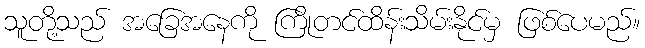
သူတို့သည် အခြေအနေကို ကြိုတင်ထိန်းသိမ်းနိုင်မှ ဖြစ်ပေမည်။